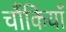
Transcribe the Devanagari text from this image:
चौंकियाँ